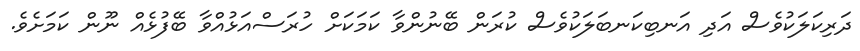
ދަރިކަލަކުވެސް އަދި އަނބިކަނބަލަކުވެސް ކުރަން ބޭނުންވާ ކަމަކަށް ހުރަސްއަޅުއްވާ ބޭފުޅެއް ނޫން ކަމަށެވެ.